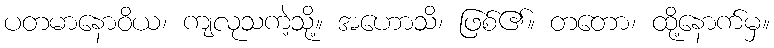
ပတမာနောဝိယ၊ ကျလုသကဲ့သို့။ အဟောသိ၊ ဖြစ်၏။ တတော၊ ထို့နောက်မှ။